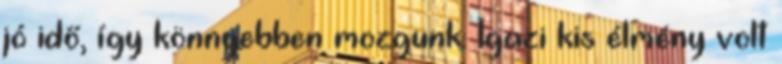
jó idő, így könnyebben mozgunk. Igazi kis élmény volt